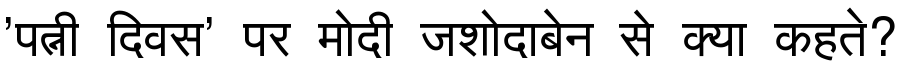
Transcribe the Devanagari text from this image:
'पत्नी दिवस' पर मोदी जशोदाबेन से क्या कहते?